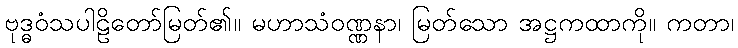
ဗုဒ္ဓဝံသပါဠိတော်မြတ်၏။ မဟာသံဝဏ္ဏနာ၊ မြတ်သော အဋ္ဌကထာကို။ ကတာ၊